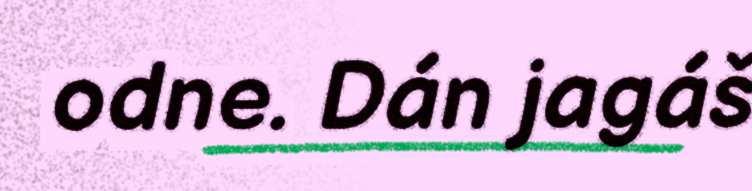
odne. Dán jagáš